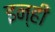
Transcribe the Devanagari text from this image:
इन्‍ही